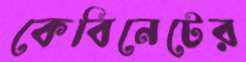
কেবিনেটের